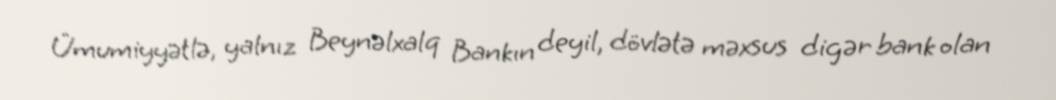
Ümumiyyətlə, yalnız Beynəlxalq Bankın deyil, dövlətə məxsus digər bank olan